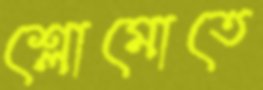
শ্লোমোতে